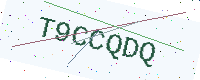
Text: T9CCQDQ